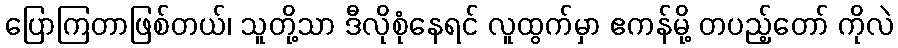
ပြောကြတာဖြစ်တယ်၊ သူတို့သာ ဒီလိုစုံနေရင် လူထွက်မှာ ဧကန်မို့ တပည့်တော် ကိုလဲ